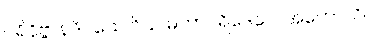
ပရိနိဗ္ဗာနဒိဝသေ ဝိယ မဟာပရိဒေဝေါ အဟောသိ။